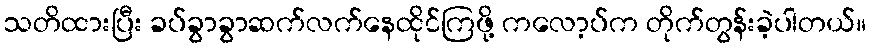
သတိထားပြီး ခပ်ခွာခွာဆက်လက်နေထိုင်ကြဖို့ ကလော့ပ်က တိုက်တွန်းခဲ့ပါတယ်။